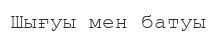
Шығуы мен батуы